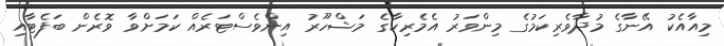
މިއާއެކު އޭނާގެ މުދާވެރިކަމުގެ މިންވަރު އެމެރިކާގެ މަޝްހޫރު އިންވެސްޓަރެއް ކަމަށްވާ ވޮރެން ބަފެޓާއި